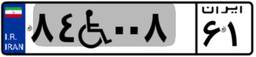
۸۴W۰۰۸۶۱